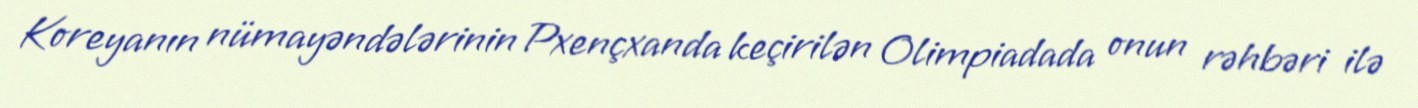
Koreyanın nümayəndələrinin Pxençxanda keçirilən Olimpiadada onun rəhbəri ilə